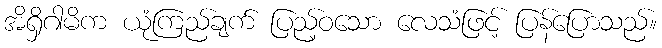
အိရှိဂါမိက ယုံကြည်ချက် ပြည့်ဝသော လေသံဖြင့် ပြန်ပြောသည်။